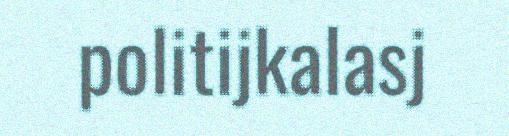
politijkalasj